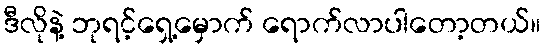
ဒီလိုနဲ့ ဘုရင့်ရှေ့မှောက် ရောက်လာပါတော့တယ်။